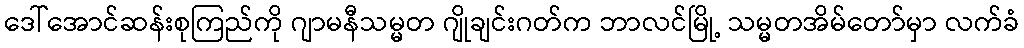
ဒေါ်အောင်ဆန်းစုကြည်ကို ဂျာမနီသမ္မတ ဂျိုချင်းဂတ်က ဘာလင်မြို့ သမ္မတအိမ်တော်မှာ လက်ခံ